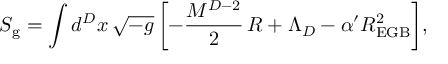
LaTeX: S _ { \mathrm { g } } = \int d ^ { D } x \, \sqrt { - g } \, \biggl [ - \frac { M ^ { D - 2 } } { 2 } \, R + \Lambda _ { D } - \alpha ^ { \prime } R _ { \mathrm { E G B } } ^ { 2 } \biggr ] ,